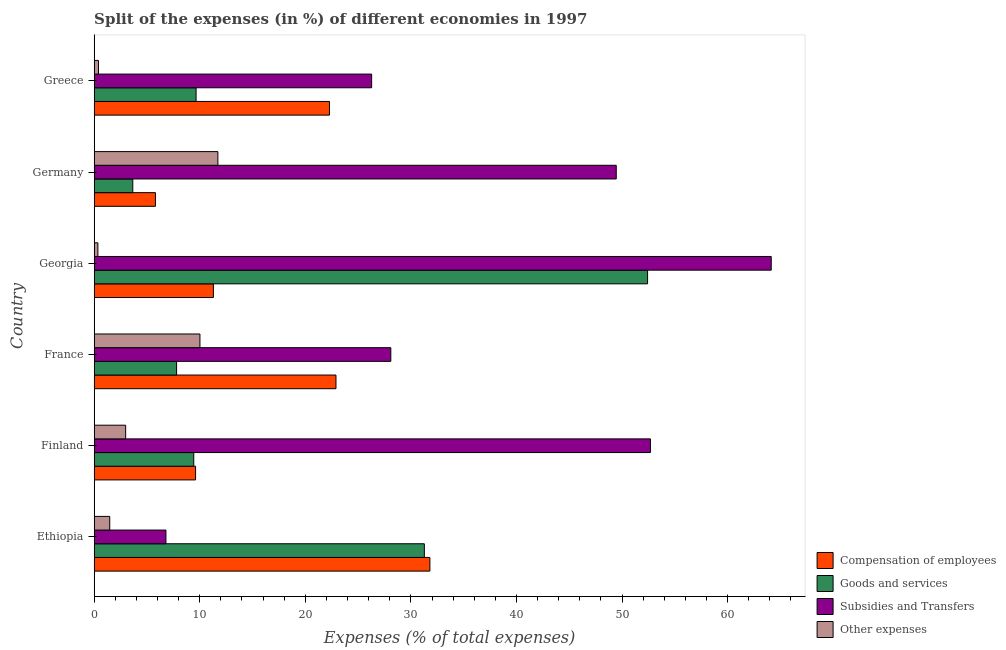
| Country | Compensation of employees | Goods and services | Subsidies and Transfers | Other expenses |
 | --- | --- | --- | --- | --- |
 | Ethiopia | 31.8 | 31.3 | 6.8 | 1.47 |
 | Finland | 9.6 | 9.43 | 52.7 | 2.98 |
 | France | 22.9 | 7.81 | 28.1 | 10 |
 | Georgia | 11.3 | 52.4 | 64.1 | 0.35 |
 | Germany | 5.8 | 3.65 | 49.5 | 11.7 |
 | Greece | 22.3 | 9.65 | 26.3 | 0.406 |